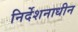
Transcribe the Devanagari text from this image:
निर्देशनाधीन